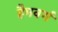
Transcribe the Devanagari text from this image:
हैमवर्ग